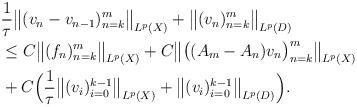
LaTeX: \begin{align*} \begin{aligned}&\frac{1}{\tau}\big\|(v_n-v_{n-1} )_{n=k}^m \big\|_{ L^p(X)} + \big\|(v_n )_{n=k}^m \big\|_{ L^p(D)} \\&\le C\big\|(f_n)_{n=k}^m \big\|_{ L^p(X)} +C\big\|\big ( (A_m - A_n) v_n \big )_{n=k}^m \big\|_{ L^p(X)} \\&+C\Big( \frac{1}{\tau}\big\|(v_i)_{i=0}^{k-1}\big\|_{ L^p(X)} + \big\|(v_i )_{i=0}^{k-1}\big\|_{ L^p(D)} \Big). \end{aligned}\end{align*}